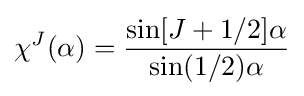
\chi ^{J}(\alpha )={\frac {\sin[J+1/2]\alpha }{\sin(1/2)\alpha }}